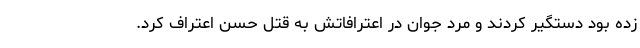
زده بود دستگیر کردند و مرد جوان در اعترافاتش به قتل حسن اعتراف کرد.